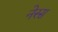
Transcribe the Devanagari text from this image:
नेस्स